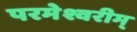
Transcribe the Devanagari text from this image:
परमेश्वरीम्